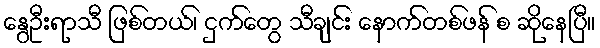
နွေဦးရာသီ ဖြစ်တယ်၊ ငှက်တွေ သီချင်း နောက်တစ်ဖန် စ ဆိုနေပြီ။